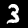
Digit: 3